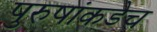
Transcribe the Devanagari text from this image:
पुरुषांकडेच